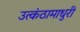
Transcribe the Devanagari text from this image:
उत्कंठामाधुरी